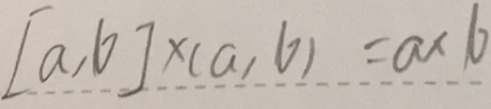
[ a , b ] \times ( a , b ) = a \times b